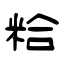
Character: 粭